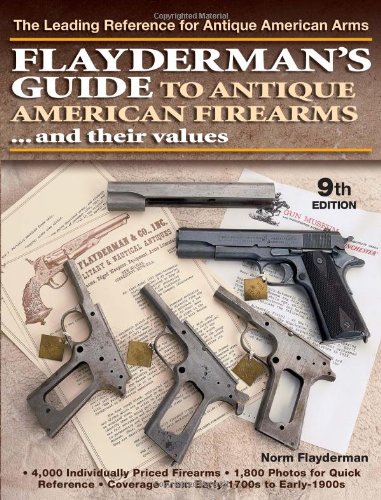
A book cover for Flayderman's Guide to Antique American Firearms and Their Values; Norm Flayderman; Crafts, Hobbies & Home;